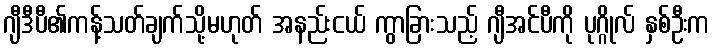
ဂျီဒီပီ၏ကန့်သတ်ချက်သို့မဟုတ် အနည်းငယ် ကွာခြားသည့် ဂျီအင်ပီကို ပုဂ္ဂိုလ် နှစ်ဦးက